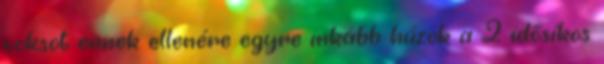
voksot ennek ellenére egyre inkább húzok a 2 idősíkos